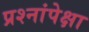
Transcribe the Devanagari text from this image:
प्रश्नांपेक्षा